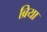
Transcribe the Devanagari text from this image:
ब्रिया